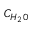
C _ { H _ { 2 } 0 }